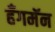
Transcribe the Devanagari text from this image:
हँगमॅन